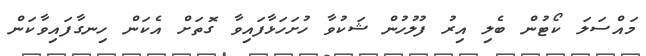
މައްސަލަ ކޯޓުން ބެލި އިރު ފުލުހުން ޝަކުވާ ހުށަހަޅާފައިވާ ގޮތަށް އެކަން ހިނގާފައިވާކަން